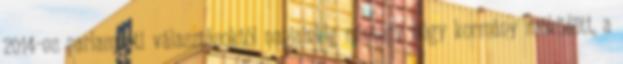
2014-es parlamenti választásoktól napjainkig mintegy négy kormány működött, a